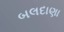
બલદાણા